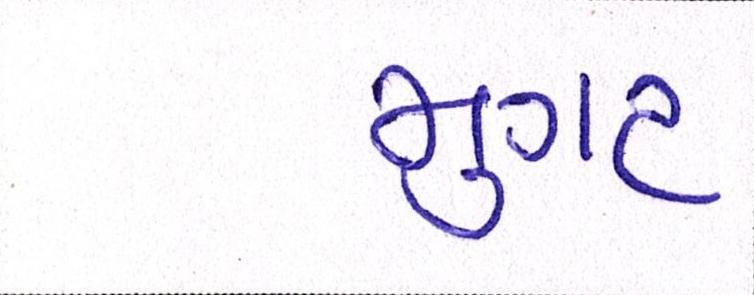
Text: મુગટ